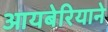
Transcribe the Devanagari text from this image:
आयबेरियाने